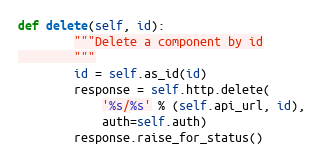
Language: Python
def delete(self, id):
        """Delete a component by id
        """
        id = self.as_id(id)
        response = self.http.delete(
            '%s/%s' % (self.api_url, id),
            auth=self.auth)
        response.raise_for_status()